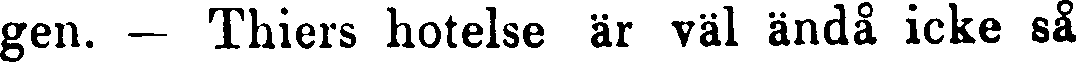
gen. — Thiers hotelse är väl ändå icke så